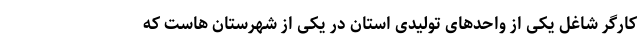
کارگر شاغل ‌یکی از واحدهای تولیدی استان در یکی از شهرستان هاست که